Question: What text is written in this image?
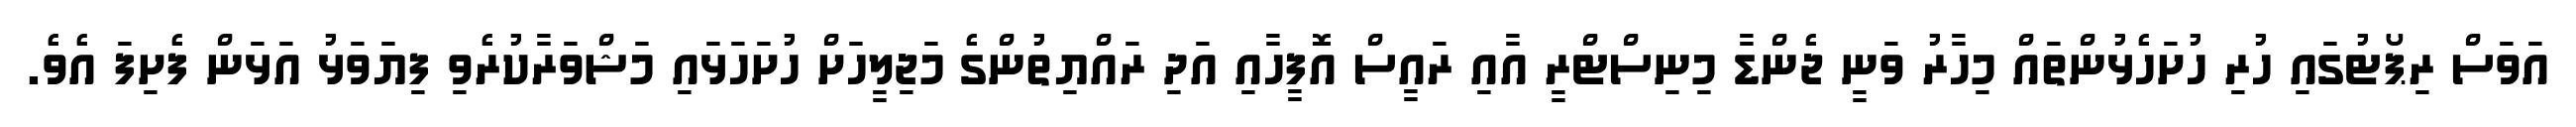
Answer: އަވަސް ރިޕޯޓުގައި ހުރި ހުށަހެޅުންތައް މިހާރު ވަނީ ޖެންޑާ މިނިސްޓްރީ އާއި ރައީސް އޮފީހާއި އަދި ރައްޔިތުންގެ މަޖިލީހަށް ހުށަހަޅައި މަޝްވަރާކުރެވި ފިޔަވަޅު އަޅަން ފެށިފަ އެވެ.